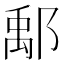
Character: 鄅